Scientific memoirs by medical officers of the Army of India - Part V,
Year: 1890
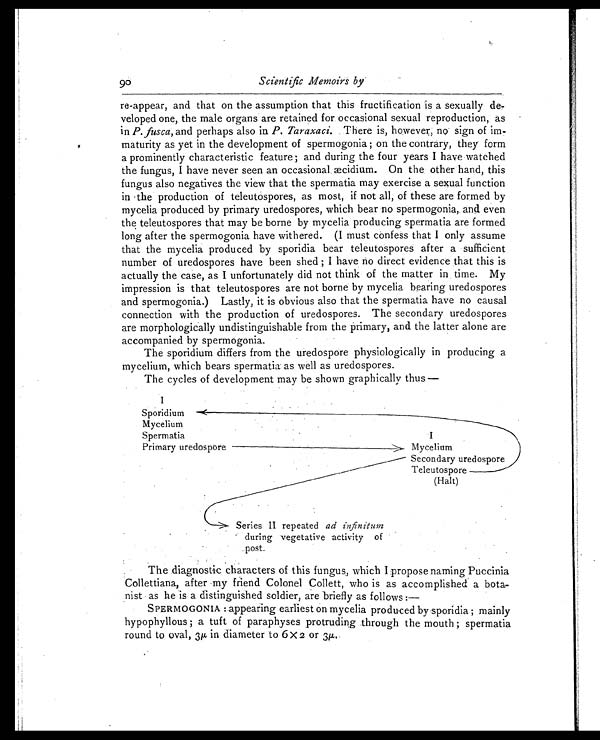
Scientific Memoirs by
re-appear, and that on the assumption that this fructification is a sexually de
-veloped one, the male organs are retained for occasional sexual reproduction, as
in P. fusca, and perhaps also in P. Taraxaci. There is, however, no sign of im
-maturity as yet in the development of spermogonia; on the contrary, they form
a prominently characteristic feature; and during the four years I have watched
the fungus, I have never seen an occasional æcidium. On the other hand, this
fungus also negatives the view that the spermatia may exercise a sexual function
in the production of teleutospores, as most, if not all, of these are formed by
mycelia produced by primary uredospores, which bear no spermogonia, and even
the teleutospores that may be borne by mycelia producing spermatia are formed
long after the spermogonia have withered. (I must confess that I only assume
that the mycelia produced by sporidia bear teleutospores after a sufficient
number of uredospores have been shed; I have no direct evidence that this is
actually the case, as I unfortunately did not think of the matter in time. My
impression is that teleutospores are not borne by mycelia bearing uredospores
and spermogonia.) Lastly, it is obvious also that the spermatia have no causal
connection with the production of uredospores. The secondary uredospores
are morphologically undistinguishable from the primary, and the latter alone are
accompanied by spermogonia.
The sporidium differs from the uredospore physiologically in producing a
mycelium, which bears spermatia as well as uredospores.
The cycles of development may be shown graphically thus—
The diagnostic characters of this fungus, which I propose naming Puccinia
Collettiana, after my friend Colonel Collett, who is as accomplished a bota
- n i s t a s h e i s a d i s t i n g u i s h e d s o l d i e r , a r e b r i e f l y a s f o l l o w s : —
SPERMOGONIA: appearing earliest on mycelia produced by sporidia; mainly
hypophyllous; a tuft of paraphyses protruding through the mouth; spermatia
round to oval, 3 µ in diameter to 6×2 or 3µ
90